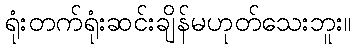
ရုံးတက်ရုံးဆင်းချိန်မဟုတ်သေးဘူး။